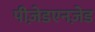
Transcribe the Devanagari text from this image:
पीज़ेडएनज़ेड